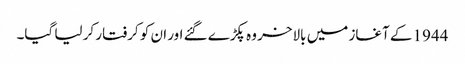
1944 کے آغاز میں بالاخر وہ پکڑے گئے اور ان کو کرفتار کر لیا گیا۔